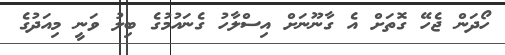
ހޯދަން ޖެހޭ ގޮތަށް އެ ގާނޫނަށް އިސްލާހު ގެނައުމުގެ ބިލު ވަނީ މިއަދުގެ